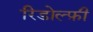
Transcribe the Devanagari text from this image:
रिडोल्फ़ी